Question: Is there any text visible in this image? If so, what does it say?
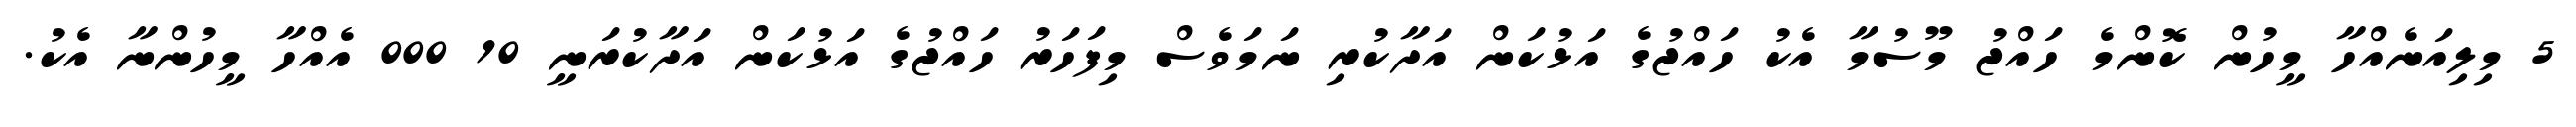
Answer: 5 މިލިއަނެއްހާ މީހުން ކޮންމެ ހައްޖު މޫސުމާ އެކު ހައްޖުގެ އަޅުކަން އަދާކުރި ނަމަވެސް މިފަހަރު ހައްޖުގެ އަޅުކަން އަދާކުރަނީ 10 000 އެއްހާ މީހުންނާ އެކު.